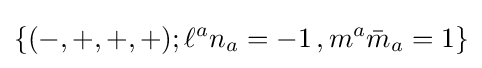
\{(-,+,+,+);\ell ^{a}n_{a}=-1\,,m^{a}{\bar {m}}_{a}=1\}